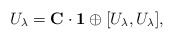
\begin{align*}U_\lambda = {\bf C} \cdot {\bf 1} \oplus [U_\lambda, U_\lambda],\end{align*}